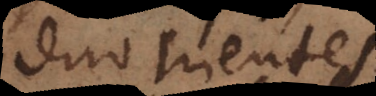
duo trientes,